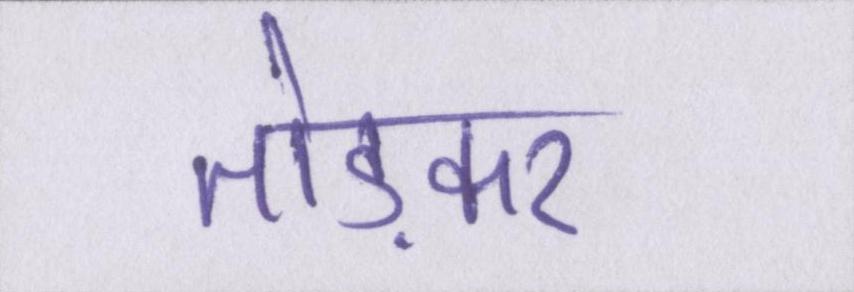
तोड़कर